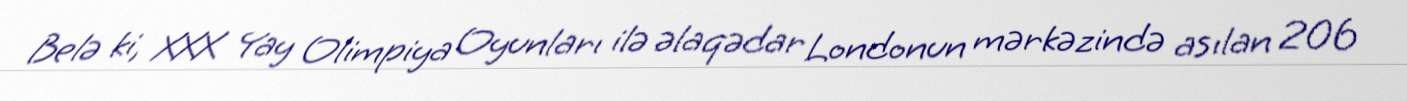
Belə ki, XXX Yay Olimpiya Oyunları ilə əlaqədar Londonun mərkəzində asılan 206